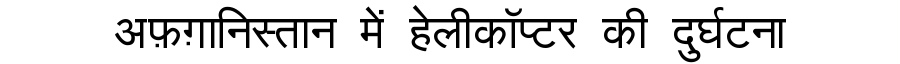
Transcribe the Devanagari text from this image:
अफ़ग़ानिस्तान में हेलीकॉप्टर की दुर्घटना